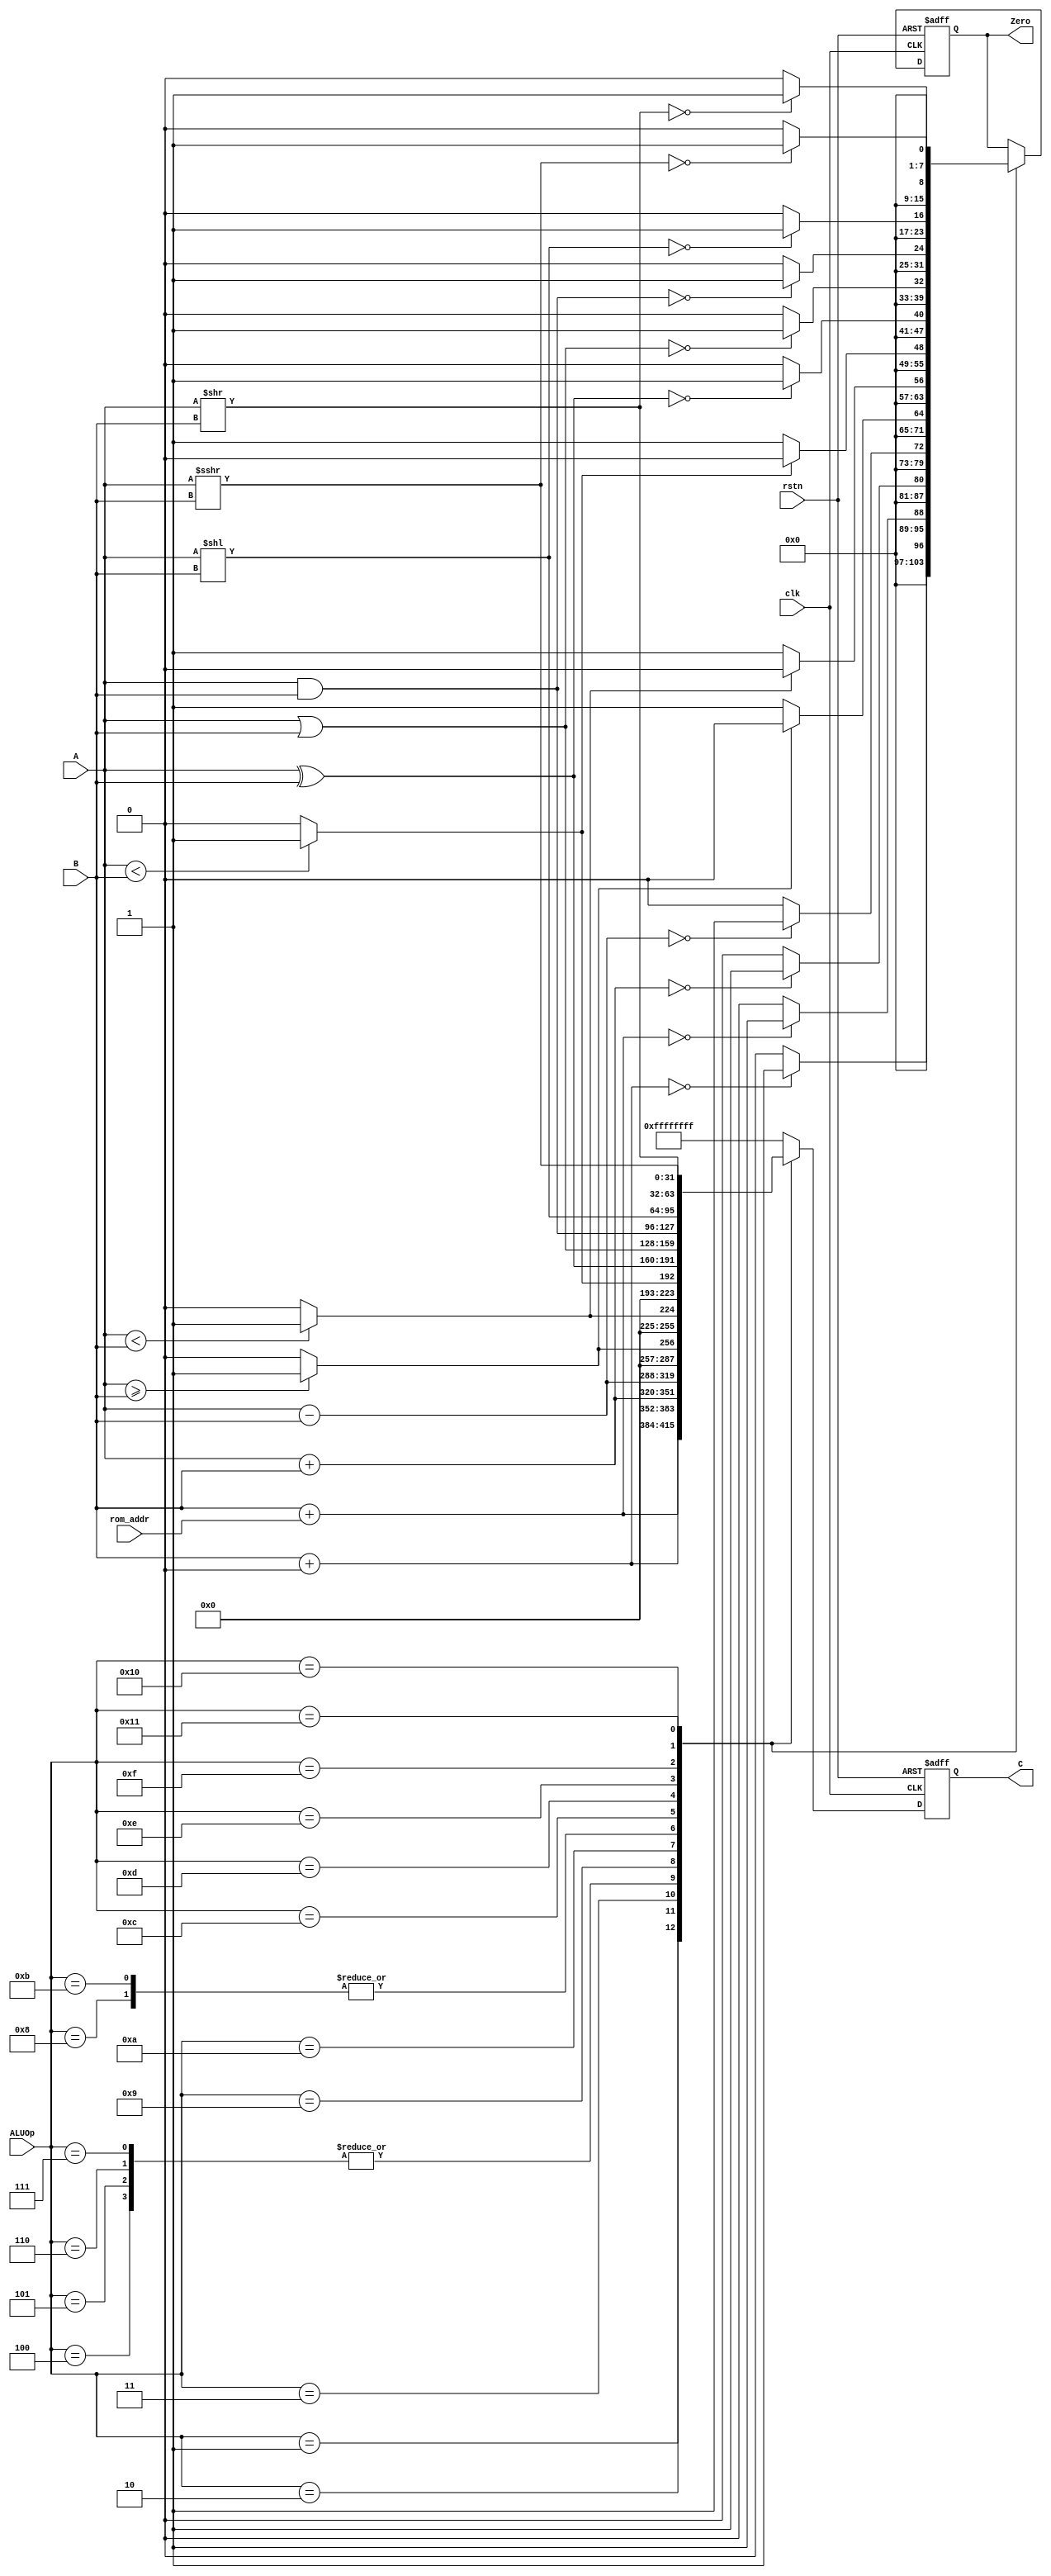
// This program was cloned from: https://github.com/Crzax/riscv_singlecycle
// License: MIT License

`timescale 1ns / 1ps
//////////////////////////////////////////////////////////////////////////////////
// Company: 
// Engineer: 
// 
// Design Name: 
// Module Name: ALU
// Project Name: 
// Target Devices: 
// Tool Versions: 
// Description: 
// 
// Dependencies: 
// 
// Revision:
// Revision 0.01 - File Created
// Additional Comments:
// 
//////////////////////////////////////////////////////////////////////////////////

`define ALUOp_nop 5'b00000
`define ALUOp_lui 5'b00001
`define ALUOp_auipc 5'b00010
`define ALUOp_add 5'b00011
`define ALUOp_sub 5'b00100
`define ALUOp_bne 5'b00101
`define ALUOp_blt 5'b00110
`define ALUOp_bge 5'b00111
`define ALUOp_bltu 5'b01000
`define ALUOp_bgeu 5'b01001
`define ALUOp_slt 5'b01010
`define ALUOp_sltu 5'b01011
`define ALUOp_xor 5'b01100
`define ALUOp_or 5'b01101
`define ALUOp_and 5'b01110
`define ALUOp_sll 5'b01111
`define ALUOp_srl 5'b10000
`define ALUOp_sra 5'b10001

module alu_480( 
    input	clk,
    input	rstn,
    input signed [31:0] 	A, B,  
    input [4:0]  			ALUOp, 
    input [31:0]   rom_addr,
    output reg signed [31:0] 	C, 
    output reg [7:0] 		Zero
); 
       
always@(posedge clk or negedge rstn)begin
    if(!rstn) 
        begin
        C=0; Zero=0;
        end
    else
        case(ALUOp)
            `ALUOp_lui: begin C = B + 0; Zero = C==0 ? 1'b1 : 1'b0; end
            `ALUOp_auipc:begin C = B + rom_addr;Zero = C==0 ? 1'b1 : 1'b0; end
            `ALUOp_add: begin C = A + B;Zero = C==0 ? 1'b1 : 1'b0; end
            `ALUOp_sub: begin C = A - B;Zero = C==0 ? 1'b1 : 1'b0; end
            `ALUOp_bne: begin C = A - B;Zero = C==0 ? 1'b1 : 1'b0; end
            `ALUOp_blt:begin C = A - B;Zero = C==0 ? 1'b1 : 1'b0; end
            `ALUOp_bge:begin C = A - B;Zero = C==0 ? 1'b1 : 1'b0; end
            `ALUOp_bltu:begin C = ($unsigned(A) < $unsigned(B)) ? 1'b1:1'b0;Zero = C==0 ? 1'b1 : 1'b0; end
            `ALUOp_bgeu:begin C = ($unsigned(A) >= $unsigned(B)) ? 1'b1:1'b0;Zero = C==0 ? 1'b1 : 1'b0; end
            `ALUOp_slt: begin C = (A<B)?1'b1:1'b0; Zero = C==0 ? 1'b1 : 1'b0;end
            `ALUOp_sltu: begin C = ($unsigned(A)<$unsigned(B)) ? 1'b1:1'b0; Zero = C==0 ? 1'b1 : 1'b0;end
            `ALUOp_xor: begin C = A ^ B;Zero = C==0 ? 1'b1 : 1'b0; end
            `ALUOp_or:begin C = A | B;Zero = C==0 ? 1'b1 : 1'b0; end
            `ALUOp_and:begin C = A & B;Zero = C==0 ? 1'b1 : 1'b0; end
            `ALUOp_sll:begin C = A << B;Zero = C==0 ? 1'b1 : 1'b0; end
            `ALUOp_srl:begin C = A >> B;Zero = C==0 ? 1'b1 : 1'b0; end
            `ALUOp_sra:begin C = A >>> B;Zero = C==0 ? 1'b1 : 1'b0; end
            default:C = 32'hFFFFFFFF;
        endcase
end
endmodule